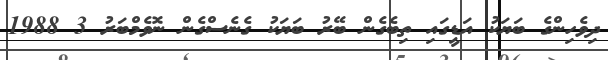
ދިވެހިންގެ ބަޔަކު އަޑީގައި ތިބެގެން ބޭރު ބަޔަކު ގެނެސްގެން ނޮވެމްބަރު 3 1988